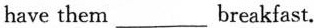
have them___breakfast.